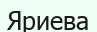
Яриева